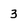
Character: 3